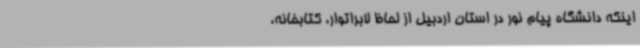
اینکه دانشگاه پیام نور در استان اردبیل از لحاظ لابراتوار، کتابخانه،